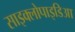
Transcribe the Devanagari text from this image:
साइक्लोपाइडिआ